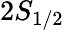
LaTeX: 2S_{1/2}